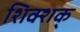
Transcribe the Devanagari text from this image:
शिक्शक्